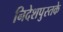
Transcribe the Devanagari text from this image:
निदेशपुस्तके